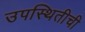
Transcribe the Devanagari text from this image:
उपस्थितीची